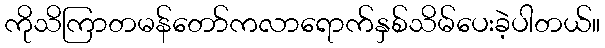
ကိုသိကြာတမန်တော်ကလာရောက်နှစ်သိမ်ပေးခဲ့ပါတယ်။